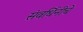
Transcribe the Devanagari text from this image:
संवर्धिनीचे